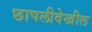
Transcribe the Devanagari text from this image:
छापलीदेखील